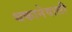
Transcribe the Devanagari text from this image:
थकानेवाली